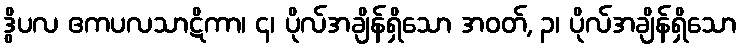
ဒွိပလ ဧကပလသာဋိကာ၊ ၄၊ ပိုလ်အချိန်ရှိသော အဝတ်, ၃၊ ပိုလ်အချိန်ရှိသော